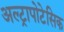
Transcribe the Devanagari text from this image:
अल्ट्रापोटेसिक